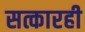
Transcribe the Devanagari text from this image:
सत्कारही